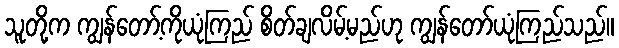
သူတို့က ကျွန်တော့်ကိုယုံကြည် စိတ်ချလိမ့်မည်ဟု ကျွန်တော်ယုံကြည်သည်။